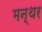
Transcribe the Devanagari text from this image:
मन्थर